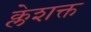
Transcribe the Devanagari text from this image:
क्लेशक्त